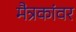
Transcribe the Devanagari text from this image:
मैत्रकांवर